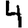
Digit: 4